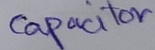
Text: Capacitor